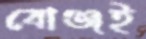
বোঞ্জই